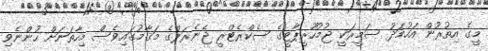
މީގެ އިތުރުން އަހުމަދު ސަމީރަކީ ޖުމުހޫރީޕާޓީގެ ސެކްރެޓްރީ ޖެނެރަލްގެ މަޤާމުގައިވެސް މިހާތަނަށް ހުންނެވި